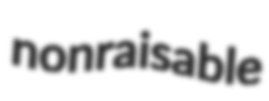
nonraisable